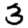
Digit: 3